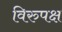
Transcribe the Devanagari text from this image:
विरुपक्ष